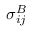
\sigma _ { i j } ^ { B }